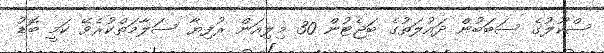
ސްކޫލުގެ ސަބަބުން ދައުލަތުގެ ބަޖެޓުން 30 މިލިއަން ރުފިޔާ ސަލާމަތްކުރެވޭ ކަމީ ބޮޑު